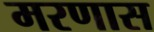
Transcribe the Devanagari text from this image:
मरणास